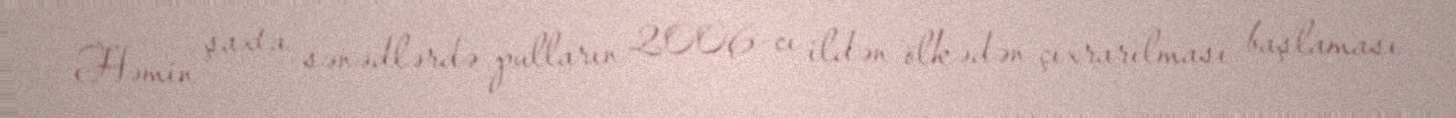
Həmin şaxta sənədlərdə pulların 2006-cı ildən ölkədən çıxrarılması başlaması